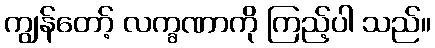
ကျွန်တော့် လက္ခဏာကို ကြည့်ပါ သည်။